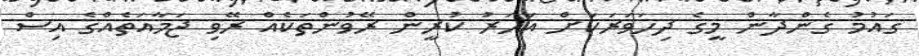
ގައުމު ގެންދާން މީގެ ދިހަވަރަކަށް އަހަރު ކުރީން ރޭވުންތަކެއް ރޭވި ޖަމާއަތެއްގެ އިސް